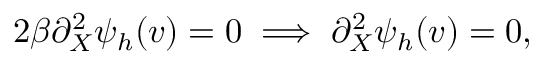
2 \beta \partial _ { X } ^ { 2 } \psi _ { h } ( v ) = 0 \implies \partial _ { X } ^ { 2 } \psi _ { h } ( v ) = 0 ,